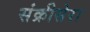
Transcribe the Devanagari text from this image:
संक्रीसेरा